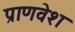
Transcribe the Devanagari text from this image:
प्राणवेश